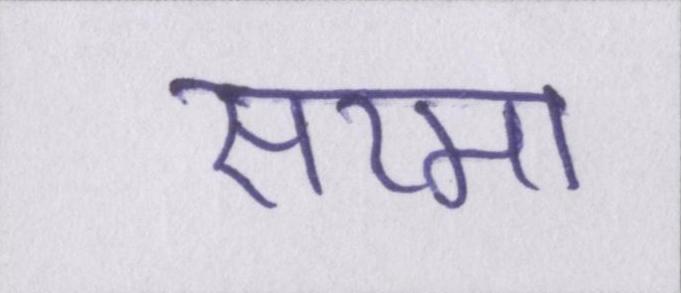
सरमा